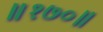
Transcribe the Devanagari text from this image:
॥१७०॥